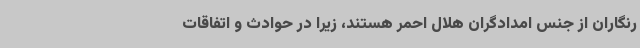
رنگاران از جنس امدادگران هلال احمر هستند، زیرا در حوادث و اتفاقات